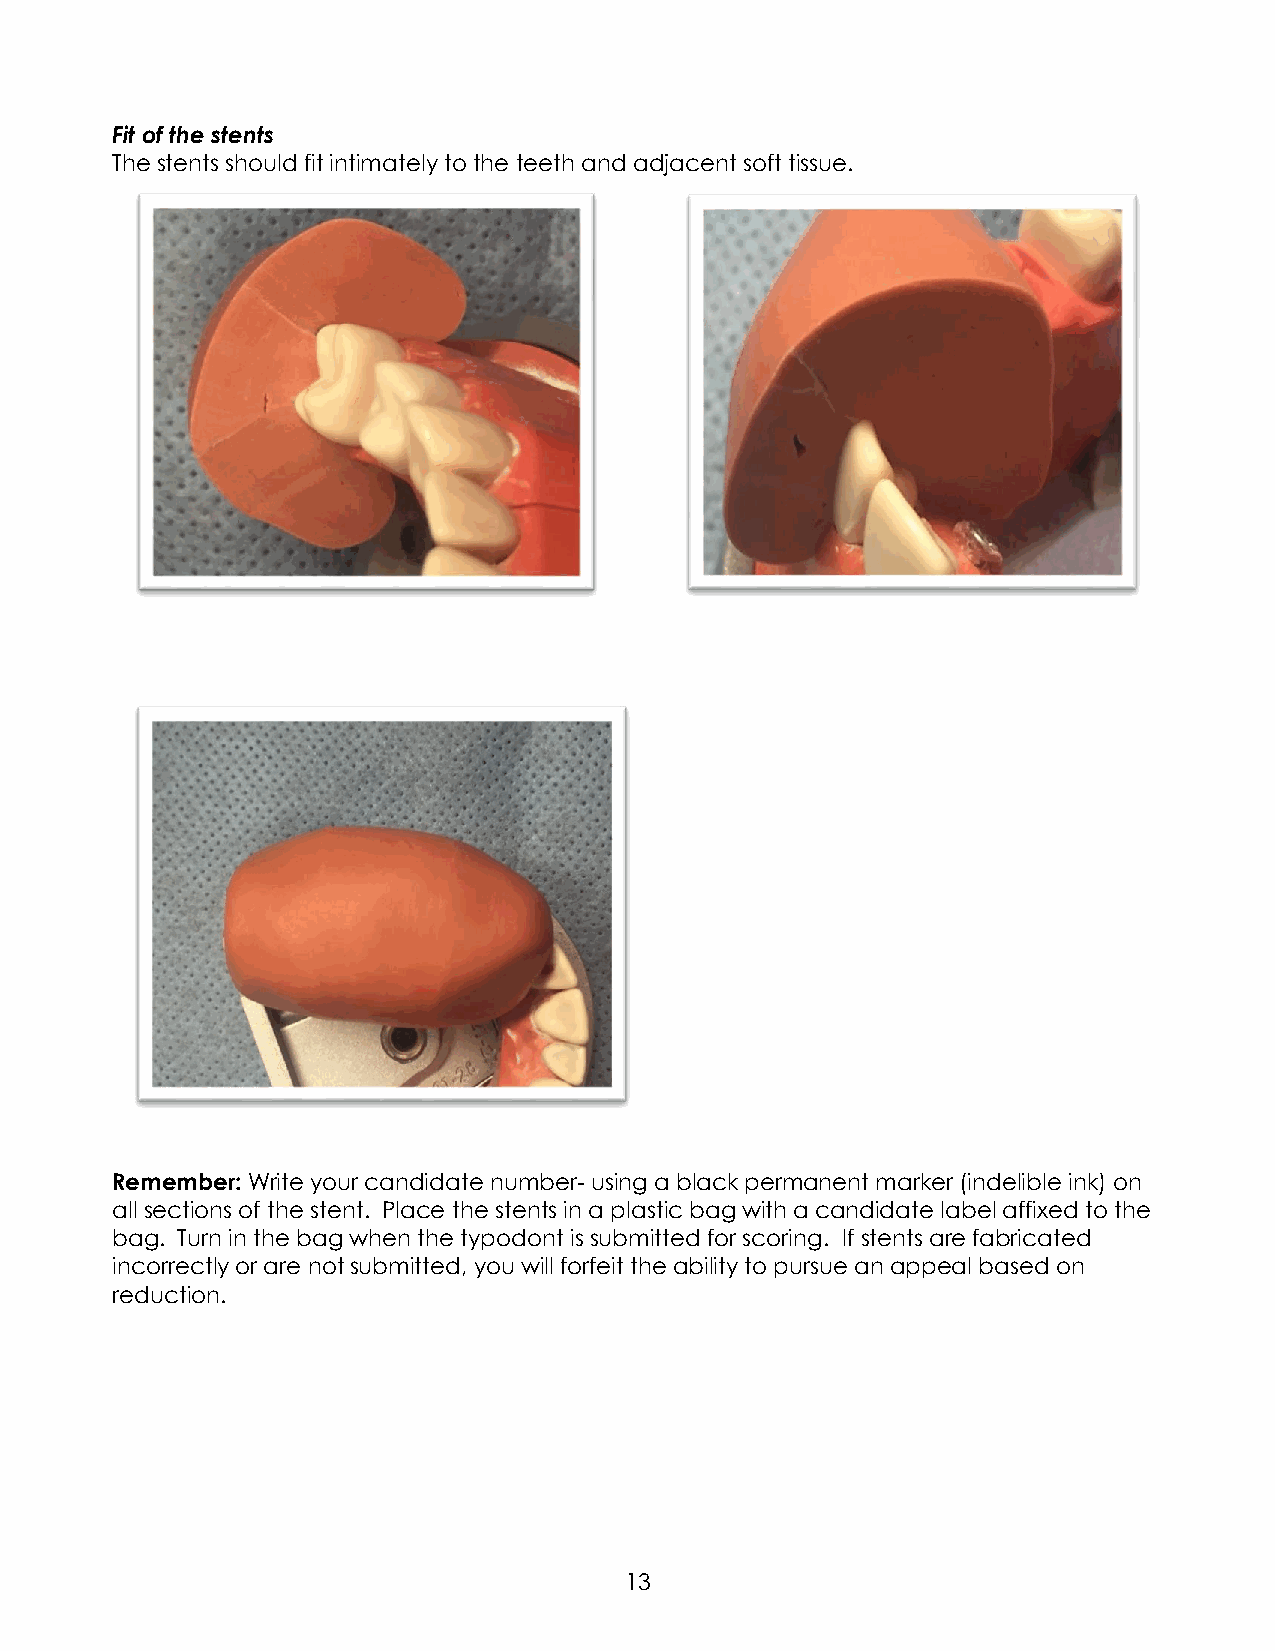
Fit of the stents
 The stents should fit intimately to the teeth and adjacent soft tissue.
 Remember: Write your candidate number- using a black permanent marker (indelible ink) on
 all sections of the stent. Place the stents in a plastic bag with a candidate label affixed to the
 bag. Turn in the bag when the typodont is submitted for scoring. If stents are fabricated
 incorrectly or are not submitted, you will forfeit the ability to pursue an appeal based on
 reduction.
 13